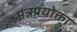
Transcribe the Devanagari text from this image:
मंत्रप्रयोक्ता